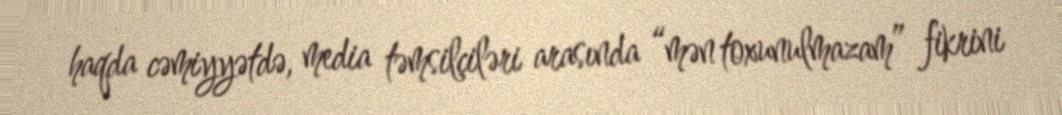
haqda cəmiyyətdə, media təmsilçiləri arasında “mən toxunulmazam” fikrini